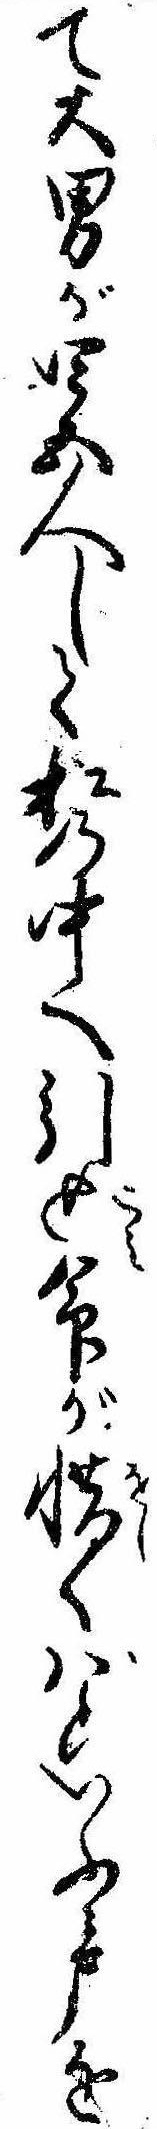
て大男が四五人して松の中へ引込命が惜くばといふ声を